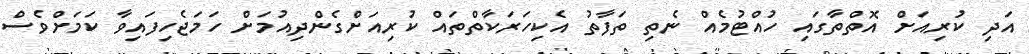
އަދި ކުރިއަށް އޮތްތާގައި ހުއްޓުމެއް ނެތި ތަފާތު އެކިހަރަކާތްތައް ކުރިއަށްގެންދިއުމަށް ހަމަޖެހިފައިވާ ކަމަށްވެސް